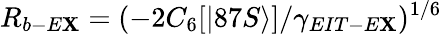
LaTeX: R_{b-E\mathbf{X}}=(-2C_{6}[|87S\rangle]/\gamma_{EIT-E\mathbf{X}})^{1/6}